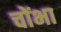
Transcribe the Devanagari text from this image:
चोंभा